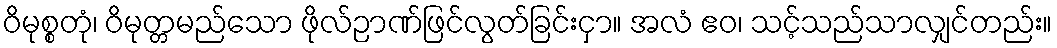
ဝိမုစ္စတုံ၊ ဝိမုတ္တမည်သော ဖိုလ်ဉာဏ်ဖြင်လွတ်ခြင်းငှာ။ အလံ ဧဝ၊ သင့်သည်သာလျှင်တည်း။